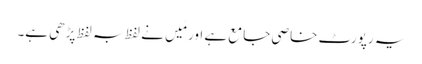
یہ رپورٹ خاصی جامع ہے اور مَیں نے لفظ بہ لفظ پڑھی ہے۔